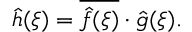
{ \hat { h } } ( \xi ) = { \overline { { { \hat { f } } ( \xi ) } } } \cdot { \hat { g } } ( \xi ) .